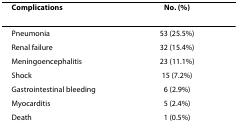
<table><thead><tr><td><b>Complications</b></td><td><b>No. (%)</b></td></tr></thead><tbody><tr><td>Pneumonia</td><td>53 (25.5%)</td></tr><tr><td>Renal failure</td><td>32 (15.4%)</td></tr><tr><td>Meningoencephalitis</td><td>23 (11.1%)</td></tr><tr><td>Shock</td><td>15 (7.2%)</td></tr><tr><td>Gastrointestinal bleeding</td><td>6 (2.9%)</td></tr><tr><td>Myocarditis</td><td>5 (2.4%)</td></tr><tr><td>Death</td><td>1 (0.5%)</td></tr></tbody></table>